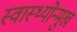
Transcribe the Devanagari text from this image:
स्वास्थ्योन्मुख